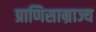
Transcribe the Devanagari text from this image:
प्राणिसाम्राज्य